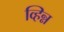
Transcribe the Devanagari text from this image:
व्हिन्न